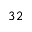
3 2